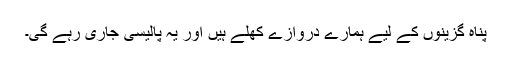
پناہ گزینوں کے لیے ہمارے دروازے کھلے ہیں اور یہ پالیسی جاری رہے گی۔